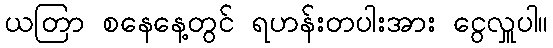
ယတြာ စနေနေ့တွင် ရဟန်းတပါးအား ငွေလှူပါ။